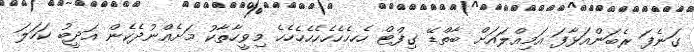
ގަނެފަ ރެބަންއަޅާފަ އަމިއްލައަށް ބާތްޑޭ ގިފްޓް ހެހހެހެހެހެހެހެހެހެ މިވީހާތާކު މަށެއްނުދެކެން އަދީބު ކަހަލަ